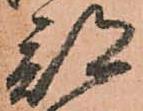
部